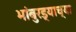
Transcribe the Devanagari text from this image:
भांबुरड्याच्‍या